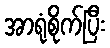
အာရုံစိုက်ပြီး